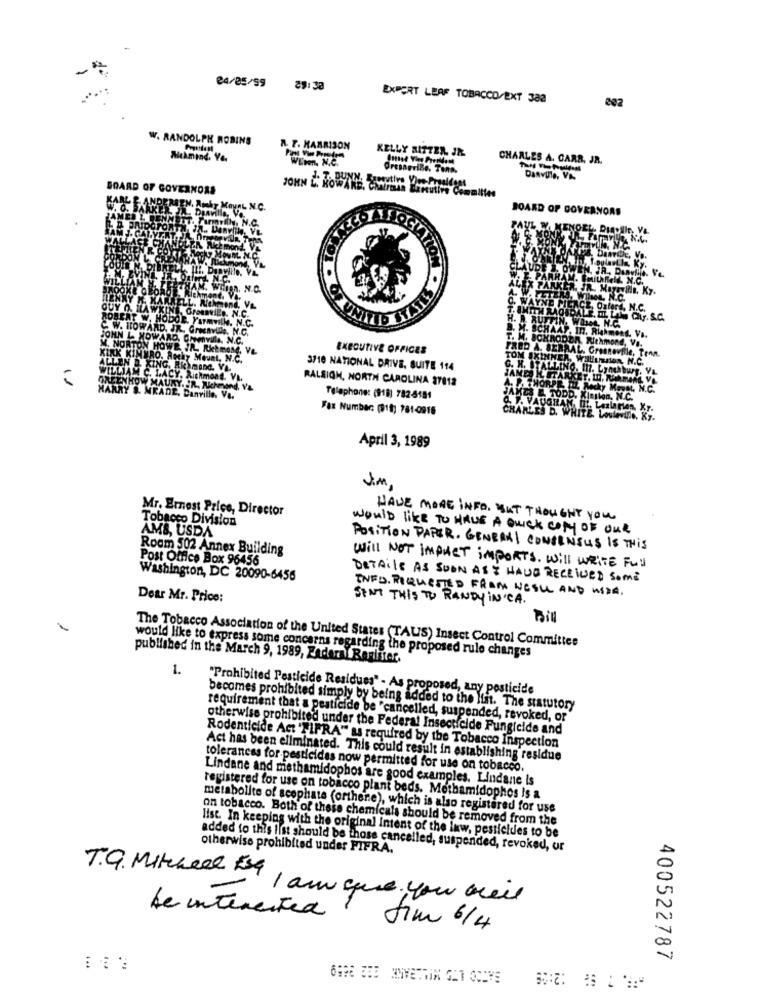
24/05/99
29:30
EXPERT LEAF TOBACCO/EXT 382
202
W. RANDOLPH ROBINS
A. T. HARRISON
KELLY SITTER, JR.
Mekmind. Yo.
WEDon. N.C.
CHARLES A. CARR, JR.
OresneriBe. Tana.
BOARD OF GOVERNORS
VAL N.C.
BOARD OF GOVERNORS
N.O.
.SC
C W. HOWARD.
JOHN L HOWAR
M. NORTON HO
EXECUTIVE OFFICES
KIRK KIMMRO.
ALLEN D XING.
3710 NATIONAL DRIVE, SUITE 114
11
RALSIOH, NORTH CAROLINA 27812
Telephone: (91) 782-4151
Fax Number: (919: 781-0916
April 3, 1989
Jim
Mr. Ernest Price, Director
Tobacco Division
HAVE MORE INFO. BUT THOUGHT YOU
AMS, USDA
WOULD like TO HAVE A QUICK COPY OF OUR
Room 502 Annex Building
POSITION PAPER. GENERAL CONSENSUS IS THIS
Post Office Box 96456
Will NOT IMPACT IMPORTS. will WRITE Ful
Washington, DC 20090-6456
DETAile AS SOON AS I HAVE RECEIVED SOME
INFO. REQUESTED FRAM NESLL AND WIDA.
Dear Mr. Price:
SENT THIS TO RANDY IN CA.
Bil
The Tobacco Association of the United States (TAUS) Insect Control Committee
would like to express some concerns regarding the proposed rule changes
published in the March 9, 1989, Zaderal Renliter,
1.
"Prohibited Pesticide Residues" - As proposed, any pesticide
becomes prohibited simply by being added to the lin. The statutory
requirement that a pesticide be "cancelled, suspended, revoked, or
otherwise prohibited under the Federal Insecticide Fungicide and
Rodenticide Act 'NIFRA" us required by the Tobacco Inspection
Act has been eliminated. This could result in establishing residue
tolerances for pesticides now permitted for use on tobacco.
Lindane and methamidophos are good examples. Lindane is
registered for use on tobacco plant beds. Mothamidophos Is a
metabolite of scephata (orthene), which is also registered for use
on tobacco. Both of these chemicals should be removed from the
list. In keeping with the original Intent of the law, pesticides to be
added to this list should be those cancelled, suspended, revoked, or
otherwise prohibited under FIFRA.
T.G. Mitchell Esq
I am que. you areil
be interested
Sim 6/4
400522787